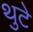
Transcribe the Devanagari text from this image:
थुटे